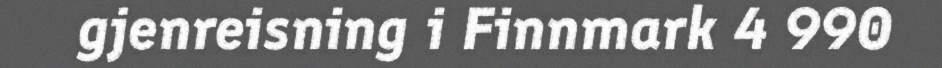
gjenreisning i Finnmark 4 990